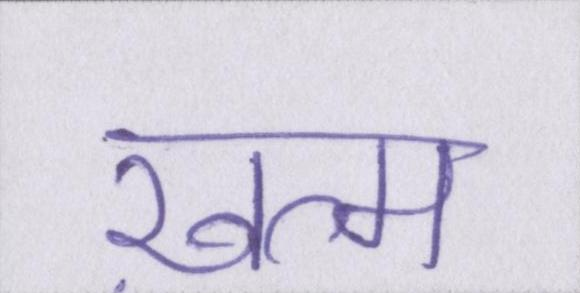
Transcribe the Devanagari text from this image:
ख़त्म